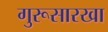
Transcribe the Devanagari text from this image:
गुरूसारखा